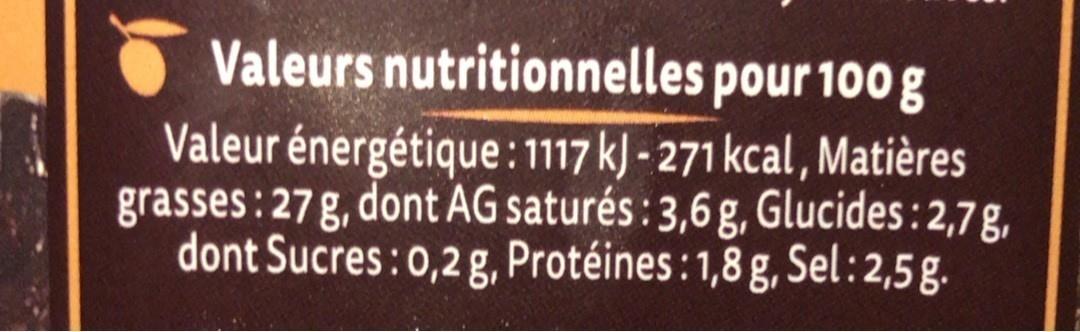
Valeurs nutritionnelles pour 100 g Valeur énergétique :1117 k) - 271 kcal, Matières grasses: 27 g, dont AG saturés : 3,6 g, Glucides : 2,7g, dont Sucres:0,2 g, Protéines:1,8 g, Sel:2,5g.